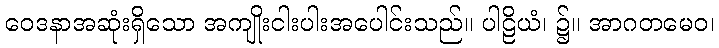
ဝေဒနာအဆုံးရှိသော အကျိုးငါးပါးအပေါင်းသည်။ ပါဠိယံ၊ ၌။ အာဂတမေဝ၊